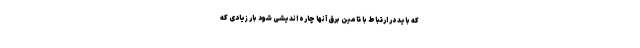
که باید در ارتباط با تامین برق آنها چاره اندیشی شود بار زیادی که